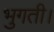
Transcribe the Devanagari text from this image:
भुगती।